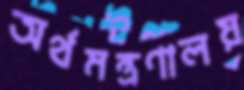
অর্থমন্ত্রণালয়